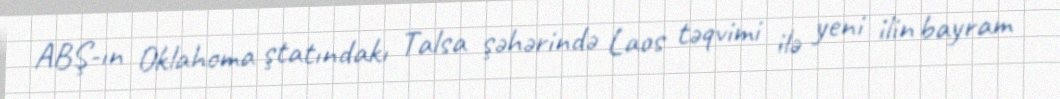
ABŞ-ın Oklahoma ştatındakı Talsa şəhərində Laos təqvimi ilə yeni ilin bayram